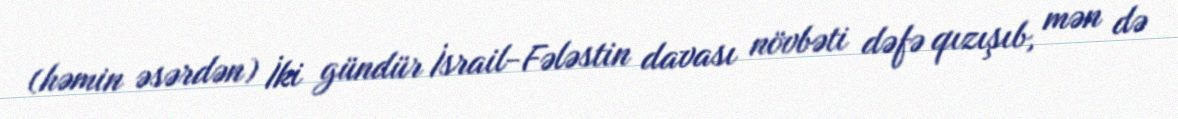
(həmin əsərdən) İki gündür İsrail-Fələstin davası növbəti dəfə qızışıb, mən də